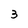
Character: 3